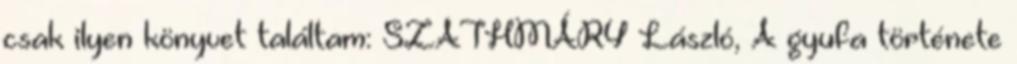
csak ilyen könyvet találtam: SZATHMÁRY László, A gyufa története